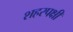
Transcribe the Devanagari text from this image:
शहरपक्षी